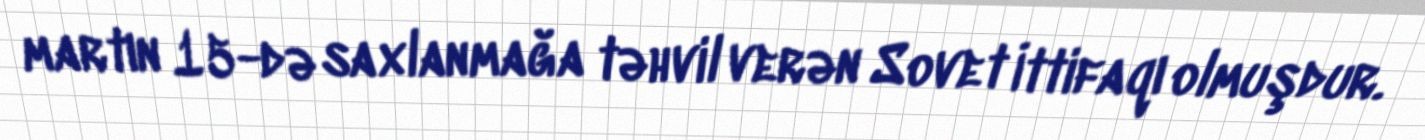
martın 15-də saxlanmağa təhvil verən Sovet İttifaqı olmuşdur.